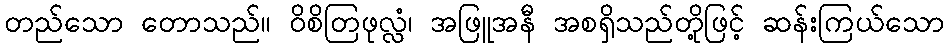
တည်သော တောသည်။ ဝိစိတြဖုလ္လံ၊ အဖြူအနီ အစရှိသည်တို့ဖြင့် ဆန်းကြယ်သော